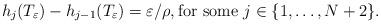
LaTeX: \begin{align*}h_j(T_\varepsilon)-h_{j-1}(T_\varepsilon)=\varepsilon/\rho, \textrm{for some } j\in\{1,\dots,N+2\}.\end{align*}